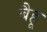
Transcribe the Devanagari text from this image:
बैहू